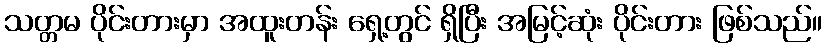
သတ္တမ ပိုင်းတားမှာ အထူးတန်း ရှေ့တွင် ရှိပြီး အမြင့်ဆုံး ပိုင်းတား ဖြစ်သည်။